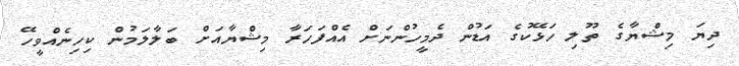
ދިޔަ މިޝްޔާގެ ތޫލި ހަޅޭކުގެ އަޑުން ދެމީހުންނަށް އެއްފަހަރާ މިޝްޔާއަށް ބަލާލަމުން ކިހިނެއްވީހޭ